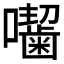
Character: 𭌰